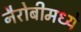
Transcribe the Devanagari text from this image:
नैरोबीमध्ये